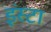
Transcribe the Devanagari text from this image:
इंस्टा